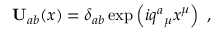
\mathbf { U } _ { a b } ( x ) = \delta _ { a b } \exp \left( i q ^ { a } { } _ { \mu } x ^ { \mu } \right) \ ,